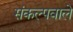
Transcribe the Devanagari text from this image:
संकल्पवाले